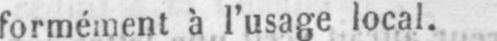
formément à l’usage local.